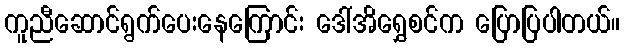
ကူညီဆောင်ရွက်ပေးနေကြောင်း ဒေါ်အိရွှေစင်က ပြောပြပါတယ်။